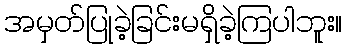
အမှတ်ပြုခဲ့ခြင်းမရှိခဲ့ကြပါဘူး။